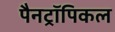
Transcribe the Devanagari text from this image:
पैनट्रॉपिकल